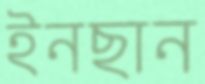
ইনছান